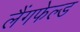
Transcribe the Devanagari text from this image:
लैंगफेल्ड